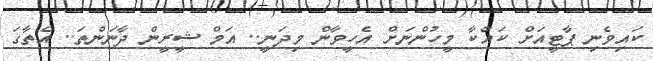
ކައިވެނި ޕާޓީއަށް ކައްކާ މީހުންނަށް އެހީވާން މިދަނީ.. އަމް ޝީރީން ދާނަންތަ.. އެތާގަ